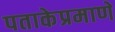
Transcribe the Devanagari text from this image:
पताकेप्रमाणे